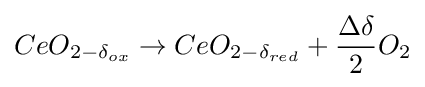
CeO_{2-\delta _{ox}}\rightarrow CeO_{2-\delta _{red}}+{\frac {\Delta \delta }{2}}O_{2}